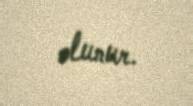
olunur.